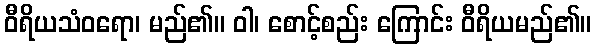
ဝီရိယသံဝရော၊ မည်၏။ ဝါ၊ စောင့်စည်း ကြောင်း ဝီရိယမည်၏။